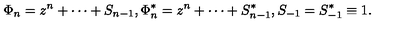
\Phi _ { n } = z ^ { n } + \cdots + S _ { n - 1 } , \Phi _ { n } ^ { * } = z ^ { n } + \cdots + S _ { n - 1 } ^ { * } , S _ { - 1 } = S _ { - 1 } ^ { * } \equiv 1 .